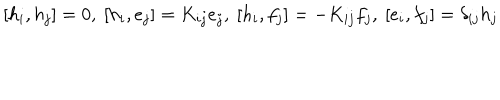
{ [ } h _ { i } , h _ { j } { ] } = 0 , ~ { [ } h _ { i } , e _ { j } { ] } = K _ { i j } e _ { j } , ~ { [ } h _ { i } , f _ { j } { ] } = - K _ { i j } f _ { j } , ~ { [ } e _ { i } , f _ { j } { ] } = \delta _ { i j } h _ { j }